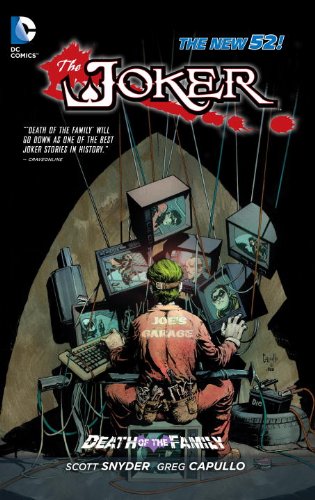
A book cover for The Joker: Death of the Family (The New 52); Scott Snyder; Comics & Graphic Novels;